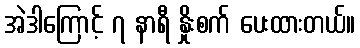
အဲဒါကြောင့် ၇ နာရီ နှိုးစက် ပေးထားတယ်။